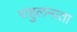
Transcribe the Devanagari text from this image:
राहुलमाता